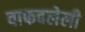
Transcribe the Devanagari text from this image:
वाफवलेली